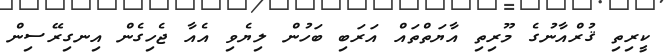
ކީރިތި ޤުރްއާނުގެ މޫރިތި އާޔަތްތައް އަރަބި ބަހުން ލިޔެވި އެއާ ޖެހިގެން އިނގިރޭސިން